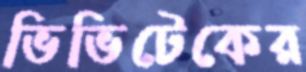
ভিভিটেকের